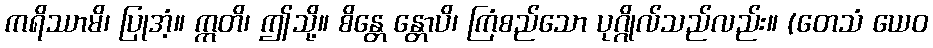
ကရိဿာမိ၊ ပြုအံ့။ ဣတိ၊ ဤသို့။ စိန္တေ န္တောပိ၊ ကြံစည်သော ပုဂ္ဂိုလ်သည်လည်း။ (တေသံ ယေဝ